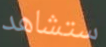
ستشاهد